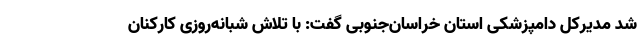
شد مدیرکل دامپزشکی استان خراسان‌جنوبی گفت: با تلاش شبانه‌روزی کارکنان